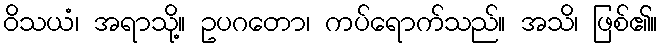
ဝိသယံ၊ အရာသို့။ ဥပဂတော၊ ကပ်ရောက်သည်။ အသိ၊ ဖြစ်၏။